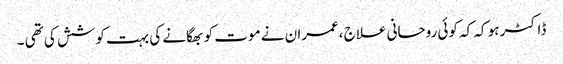
ڈاکٹر ہو کہ کہ کوئی روحانی علاج ،عمران نے موت کو بھگانے کی بہت کوشش کی تھی ۔